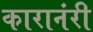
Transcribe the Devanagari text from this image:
कारानंरी